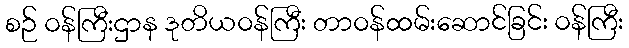
စဉ် ဝန်ကြီးဌာန ဒုတိယဝန်ကြီး တာဝန်ထမ်းဆောင်ခြင်း ဝန်ကြီး